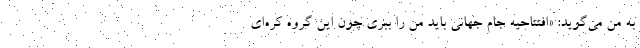
به من می‌گوید: «افتتاحیه جام جهانی باید من را ببری چون این گروه کره‌ای